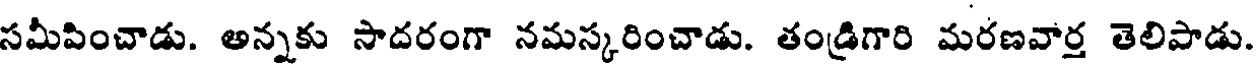
సమీపించాడు. అన్నకు సాదరంగా నమస్కరించాడు. తండ్రిగారి మరణవార్త తెలిపాడు.